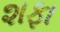
શફા